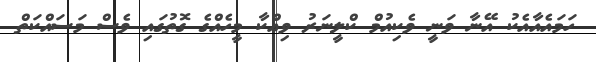
ހަަމައެއާއެކު އޭނާ ވަނީ ވެކިއުމް ކްލީނަރު ވިއްކާ މީހެއްގެ ގޮތުގައި ވެސް މަސައްކަތް